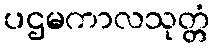
ပဌမကာလသုတ္တံ